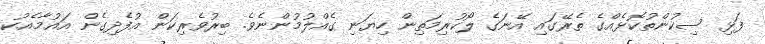
ފަޅި ސިކުންތުކޮޅެއްގެ ތެރޭގައި އޭނަގެ ލޯކުރިމަތިން ހިޔަނި ގެއްލުމުންނެވެ. ބިރުވެރިކަން އުފެދިގެން އައުމާއެކު